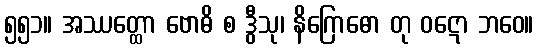
၅၅၁။ အဿတ္ထော ဗောဓိ စ ဒွီသု၊ နိဂြောဓော တု ဝဋော ဘဝေ။